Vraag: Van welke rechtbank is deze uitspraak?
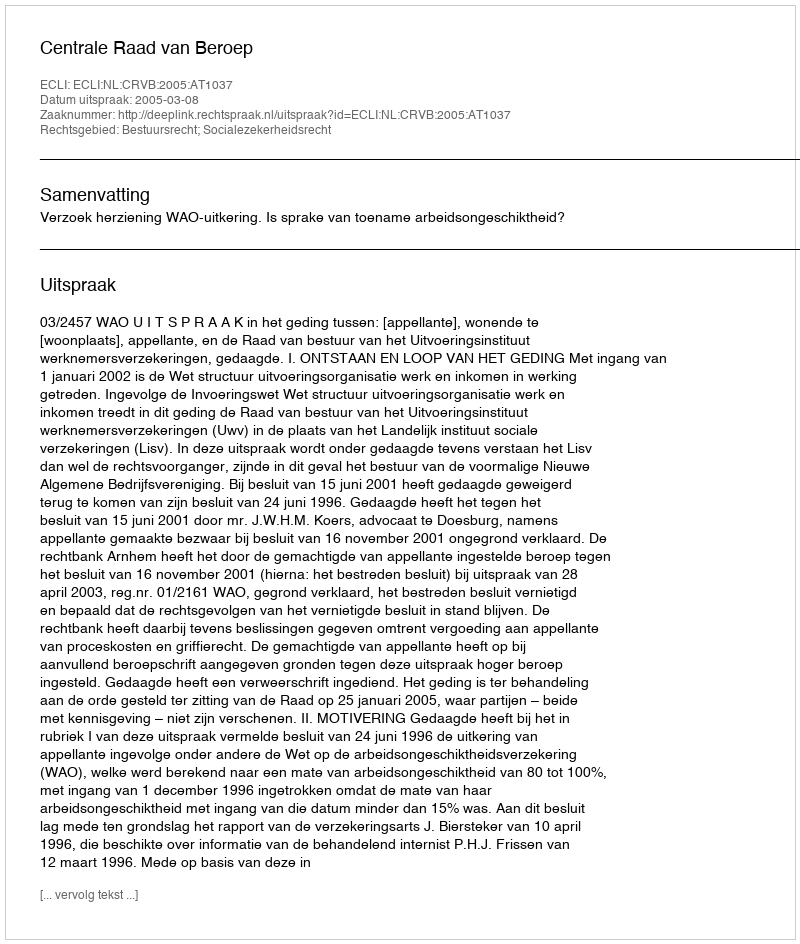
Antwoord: Centrale Raad van Beroep